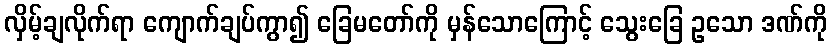
လှိမ့်ချလိုက်ရာ ကျောက်ချပ်ကွာ၍ ခြေမတော်ကို မှန်သောကြောင့် သွေးခြေ ဥသော ဒဏ်ကို